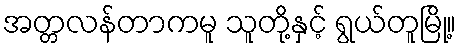
အတ္တလန်တာကမူ သူတို့နှင့် ရွယ်တူမြို့။